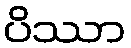
ပိဿာ